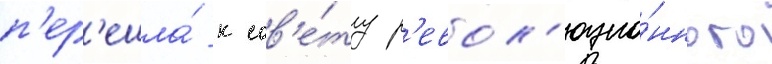
п'ер'ешла́ к сов'е́ту р'евол'юцио́нного